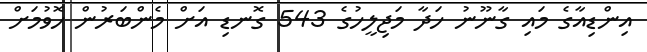
އިންޑިއާގެ މައި ގާނޫނު ހަދާ މަޖިލީހުގެ 543 ގޮނޑި އަށް މެންބަރުން ހޮވުމަށް